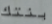
بنتك